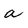
Character: a